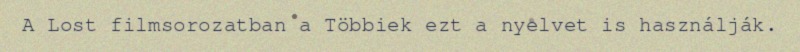
A Lost filmsorozatban a Többiek ezt a nyelvet is használják.